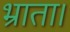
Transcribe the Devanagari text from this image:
भ्राता।